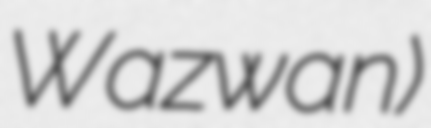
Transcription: Wazwan)